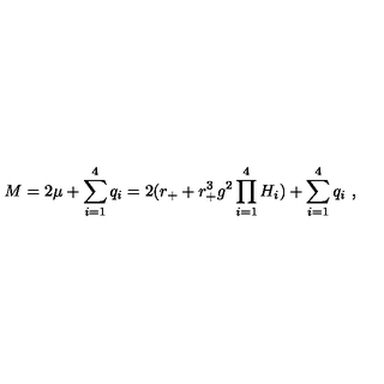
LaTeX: M = 2 \mu + \sum _ { i = 1 } ^ { 4 } q _ { i } = 2 ( r _ { + } + r _ { + } ^ { 3 } g ^ { 2 } \prod _ { i = 1 } ^ { 4 } H _ { i } ) + \sum _ { i = 1 } ^ { 4 } q _ { i } \ ,